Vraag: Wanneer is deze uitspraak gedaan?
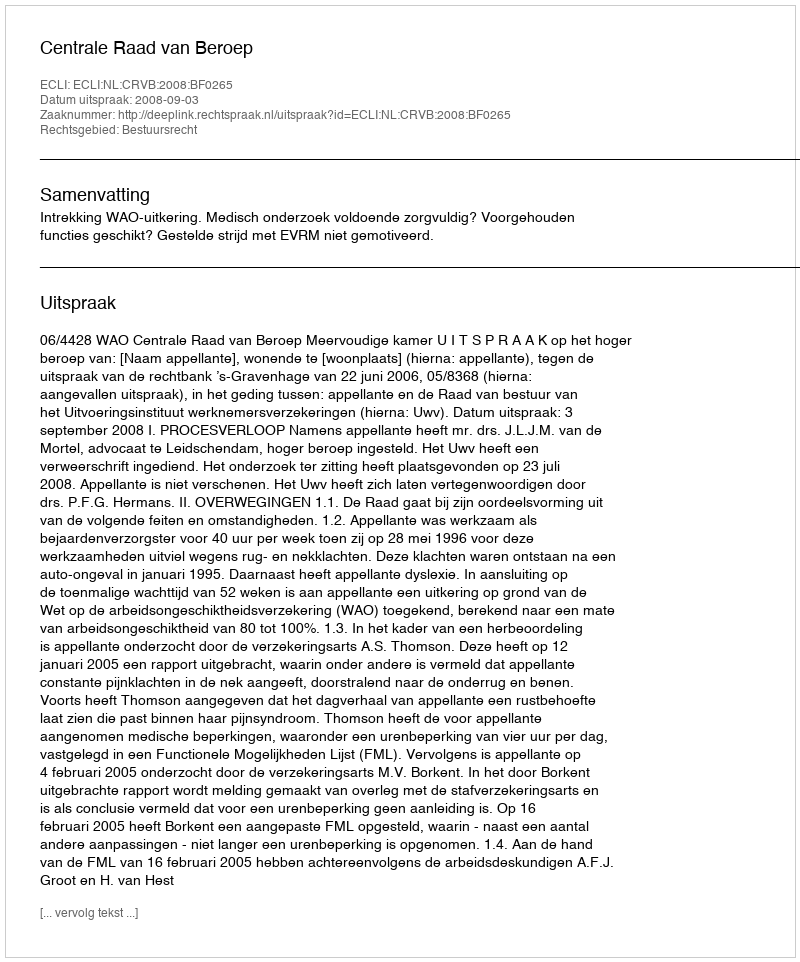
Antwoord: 2008-09-03